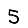
Digit: 5